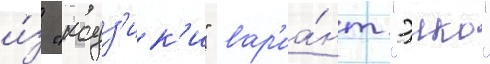
и́з "кодз'ик'и" вар'иа́нт "эико"